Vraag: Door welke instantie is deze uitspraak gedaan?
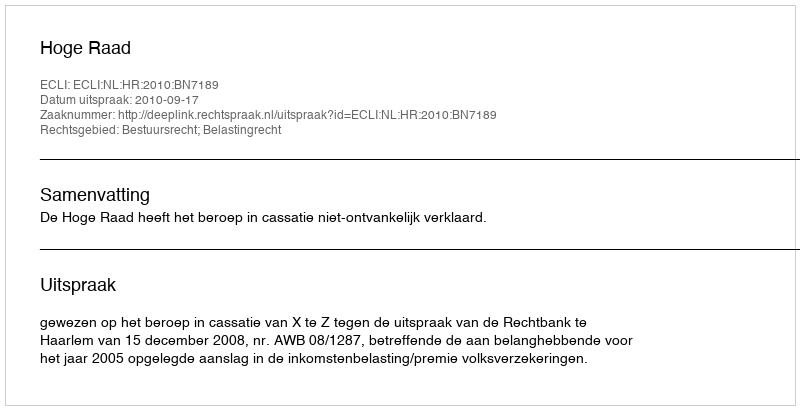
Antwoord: Hoge Raad